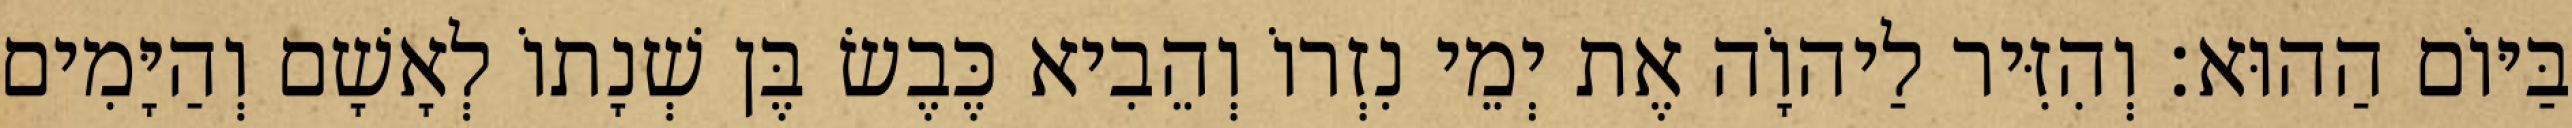
בַּיּוֹם הַהוּא׃ וְהִזִּיר לַיהוָֹה אֶת יְמֵי נִזְרוֹ וְהֵבִיא כֶּבֶשׂ בֶּן שְׁנָתוֹ לְאָשָׁם וְהַיָּמִים